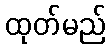
ထုတ်မည်